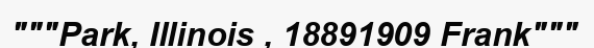
"""Park, Illinois , 18891909 Frank"""